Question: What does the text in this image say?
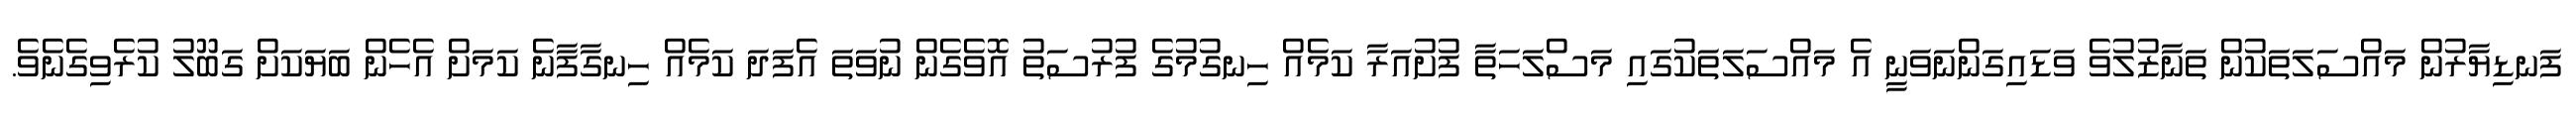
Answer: ފަނޑިޔާރުން މައްސަލަތަކުން ތަނާޒުލުވެ ވަޑައިގަންނަވަނީ އެ މައްސަލަތަކުގައި މަސްލަހަތާ ފުށުއަރާ ކަމެއް ހިނގުމުގެ ފުރުސަތު އޮވެގެން ނުވަތަ އެފަދަ ކަމެއް ހިނގާފާނެ ކަމަށް އެހެން ބަޔަކަށް ގަބޫލު ކުރެވިގެނެވެ.